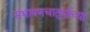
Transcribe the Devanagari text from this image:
संभाषणचातुर्याच्या